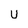
Character: U